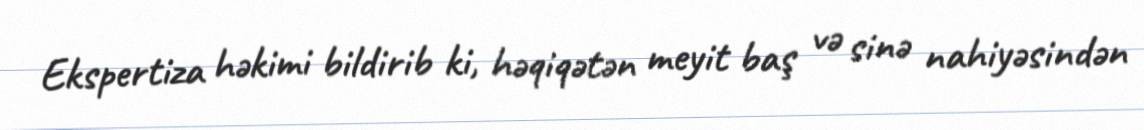
Ekspertiza həkimi bildirib ki, həqiqətən meyit baş və sinə nahiyəsindən